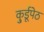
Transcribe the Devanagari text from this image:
कु्र्डूपेठ